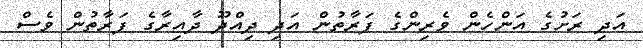
އަދި ރަށުގެ އަންހެން ވެރިންގެ ފަރާތުން އަދި ދިއްދޫ ދާއިރާގެ ފަރާތުން ވެސް